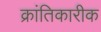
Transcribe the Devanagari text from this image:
क्रांतिकारीक